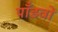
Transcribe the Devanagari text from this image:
पाँडवों